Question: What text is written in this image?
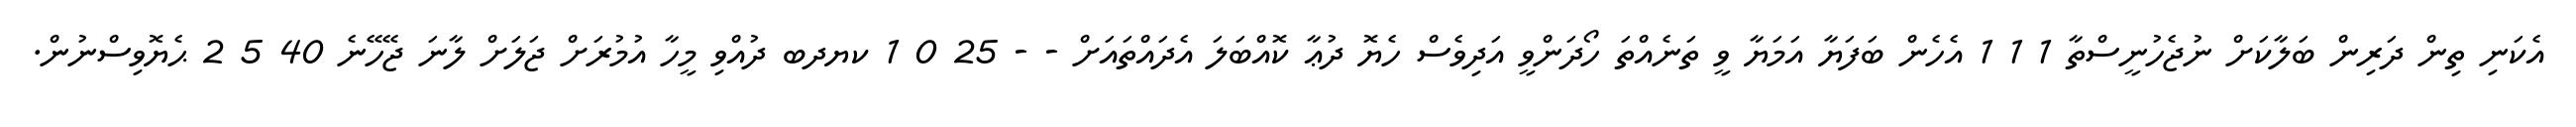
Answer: އެކަނި ތިން ދަރިން ބަލާކަށް ނުޖެހުނީސްތާ 1 1 1 އެހެން ބަފަޔާ އަމަޔާ ވީ ތަނެއްތަ ހޯދަންވީ އަދިވެސް ހެޔޮ ދުޢާ ކޮއްބަލަ އެދައްތައަށް - - 25 0 1 ކޔދބ ދުއްވި މީހާ އުމުރަށް ޖަލަށް ލާނަ ޖޭހޭނެ 40 5 2 ޙެޔޮވިސްނުން.